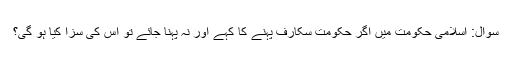
سوال: اسلامی حکومت میں اگر حکومت سکارف پہنے کا کہے اور نہ پہنا جائے تو اس کی سزا کیا ہو گی؟